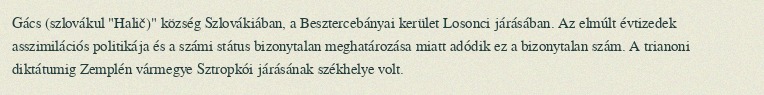
Gács (szlovákul "Halič)" község Szlovákiában, a Besztercebányai kerület Losonci járásában. Az elmúlt évtizedek asszimilációs politikája és a számi státus bizonytalan meghatározása miatt adódik ez a bizonytalan szám. A trianoni diktátumig Zemplén vármegye Sztropkói járásának székhelye volt.